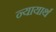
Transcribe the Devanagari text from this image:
न्यायार्थ